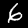
Label: 6